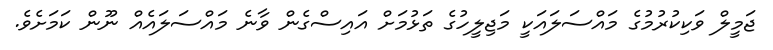
ޖަމީލް ވަކިކުރުމުގެ މައްސަލައަކީ މަޖިލީހުގެ ތަޅުމަށް އައިސްގެން ވާނެ މައްސަލައެއް ނޫން ކަމަށެވެ.